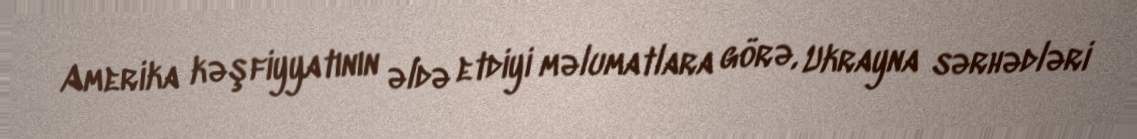
Amerika kəşfiyyatının əldə etdiyi məlumatlara görə, Ukrayna sərhədləri